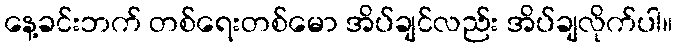
နေ့ခင်းဘက် တစ်ရေးတစ်မော အိပ်ချင်လည်း အိပ်ချလိုက်ပါ။